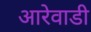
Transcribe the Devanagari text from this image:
आरेवाडी